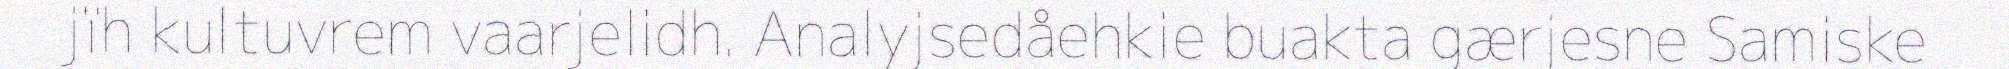
jïh kultuvrem vaarjelidh. Analyjsedåehkie buakta gærjesne Samiske